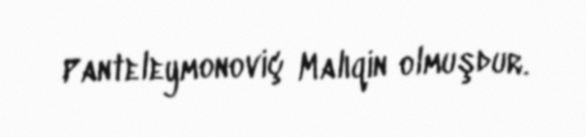
Panteleymonoviç Malıqin olmuşdur.